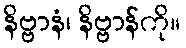
နိဗ္ဗာနံ၊ နိဗ္ဗာန်ကို။